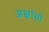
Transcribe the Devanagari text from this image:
अक्षांसो